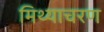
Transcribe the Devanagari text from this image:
मिथ्याचरण